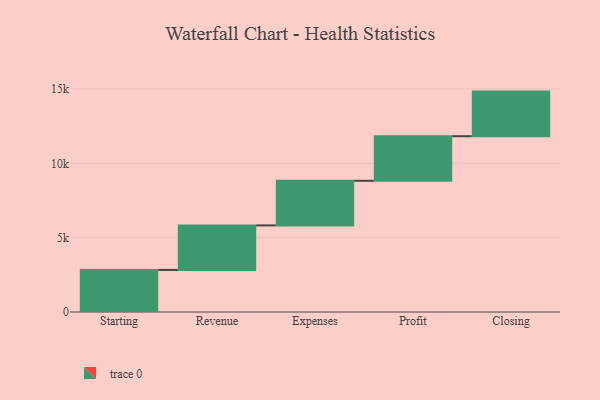
{"axis": {"x": "Step", "y": "Value"}, "legend": [""], "data": [{"x": "Starting", "y": 2830.0, "type": ""}, {"x": "Revenue", "y": 2996.0, "type": ""}, {"x": "Expenses", "y": 3000, "type": ""}, {"x": "Profit", "y": 3000, "type": ""}, {"x": "Closing", "y": 3000, "type": ""}]}